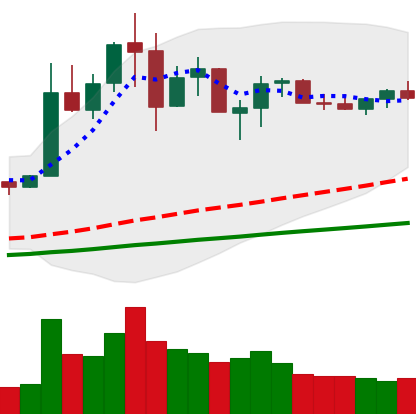
Ticker: NEO-USD
Chart end date: 2019-07-09
Forward return: -30.067%
Label: down_7plus